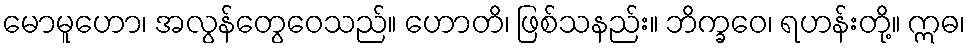
မောမူဟော၊ အလွန်တွေဝေသည်။ ဟောတိ၊ ဖြစ်သနည်း။ ဘိက္ခဝေ၊ ရဟန်းတို့။ ဣဓ၊